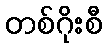
တစ်ဂိုးစီ